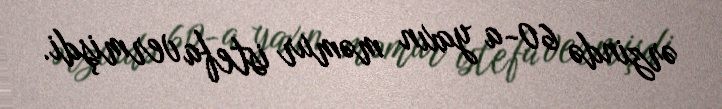
ərzində 60-a yaxın məmur istefa vermişdi.